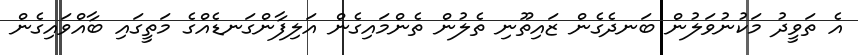
އެ ތަވީދު މަކުނުވަލުން ބަނދެގެން ޒައިތޫނި ތެލުން ތެންމައިގެން އަލިފާންގަނޑެއްގެ މަތީގައި ބާއްވައިގެން